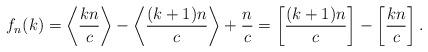
LaTeX: \begin{align*}f_n(k) = \left \langle \frac{kn}{c} \right \rangle - \left \langle \frac{(k+1)n}{c} \right \rangle + \frac{n}{c} =\left[\frac{(k+1)n}{c}\right] - \left[\frac{kn}{c}\right].\end{align*}